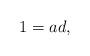
LaTeX: \begin{align*} 1 = a d,\end{align*}